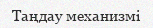
Таңдау механизмі